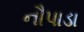
નૌપાડા